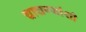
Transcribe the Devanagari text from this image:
चाचण्यांशी